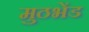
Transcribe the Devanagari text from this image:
मुठभेंड